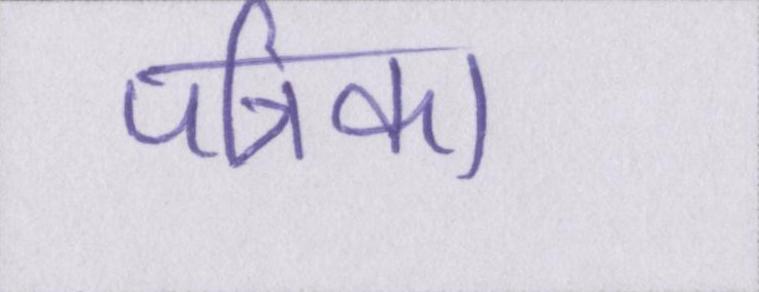
पत्रिका